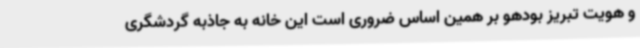
و هویت تبریز بودهو بر همین اساس ضروری است این خانه به جاذبه گردشگری